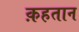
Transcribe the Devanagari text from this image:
क़हतान